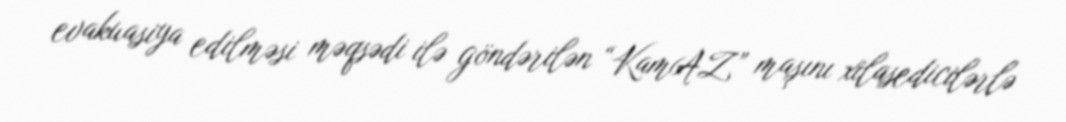
evakuasiya edilməsi məqsədi ilə göndərilən “KamAZ” maşını xilasedicilərlə